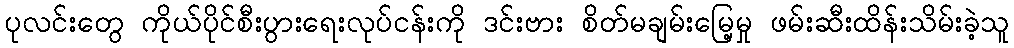
ပုလင်းတွေ ကိုယ်ပိုင်စီးပွားရေးလုပ်ငန်းကို ဒင်းဗား စိတ်မချမ်းမြေ့မှု ဖမ်းဆီးထိန်းသိမ်းခဲ့သူ